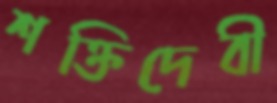
শক্তিদেবী